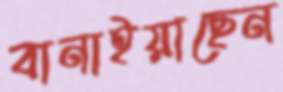
বানাইয়াছেন